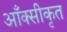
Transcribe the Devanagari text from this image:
आँक्सीकृत